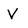
Character: V